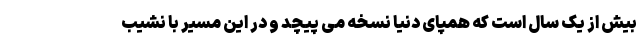
بیش از یک سال است که همپای دنیا نسخه می پیچد و در این مسیر با نشیب